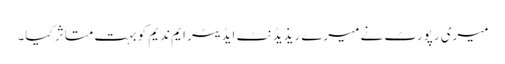
میری رپورٹ نے میرے ریذیڈنٹ ایڈیٹر ایم ندیم کو بہت متاثر کیا۔